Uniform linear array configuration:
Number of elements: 48
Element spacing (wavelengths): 1
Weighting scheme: kaiser
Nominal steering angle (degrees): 0
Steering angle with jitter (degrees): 1.85
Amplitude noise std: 0.05
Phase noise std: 0.05

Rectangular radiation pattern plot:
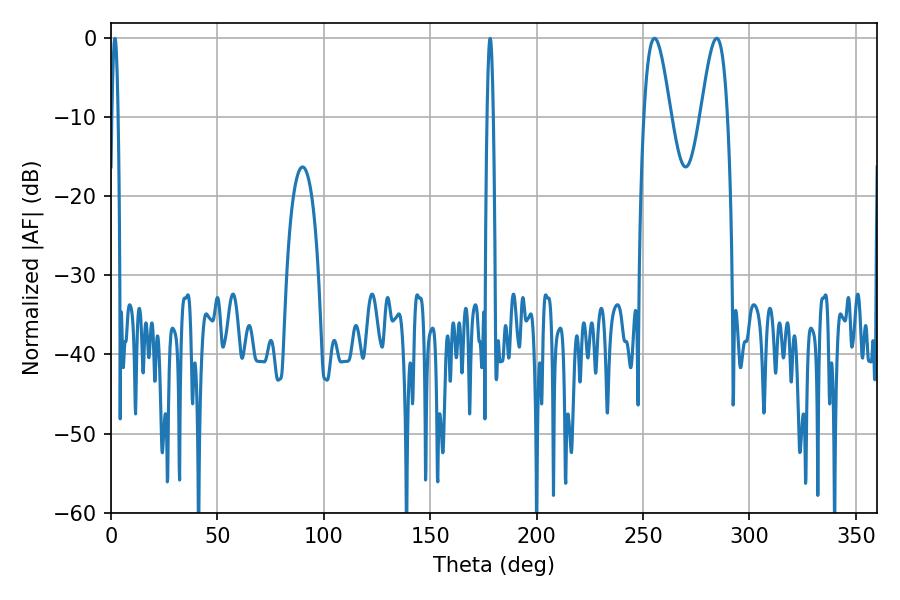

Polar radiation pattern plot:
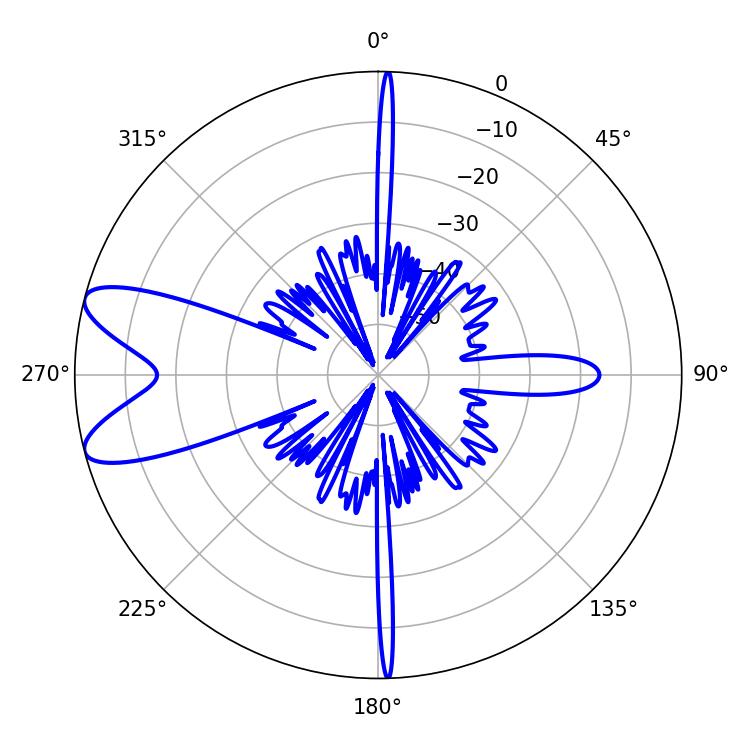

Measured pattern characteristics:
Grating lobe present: TRUE
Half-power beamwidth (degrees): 6.84
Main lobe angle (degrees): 255.42